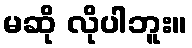
မဆို လိုပါဘူး။